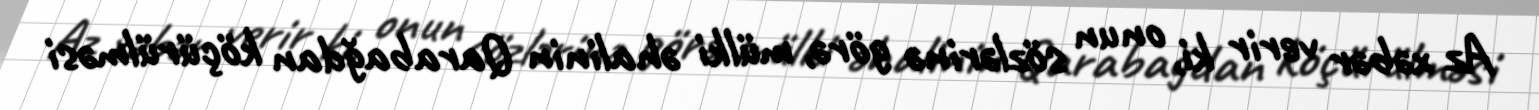
Az xəbər verir ki, onun sözlərinə görə, mülki əhalinin Qarabağdan köçürülməsi